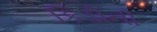
કિડીની